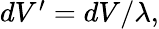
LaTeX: \begin{array}{r}{dV^{\prime}=dV/\lambda,}\end{array}